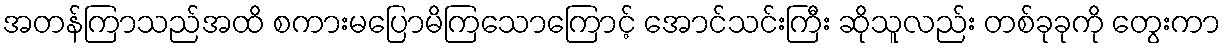
အတန်ကြာသည်အထိ စကားမပြောမိကြသောကြောင့် အောင်သင်းကြီး ဆိုသူလည်း တစ်ခုခုကို တွေးကာ